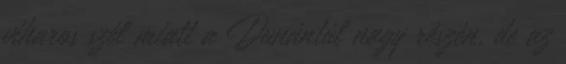
viharos szél miatt a Dunántúl nagy részén, de az